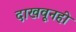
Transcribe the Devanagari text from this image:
दाखवूनही